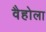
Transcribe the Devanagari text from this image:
वैहोला